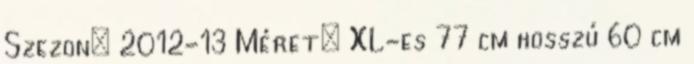
Szezon: 2012-13 Méret: XL-es 77 cm hosszú 60 cm